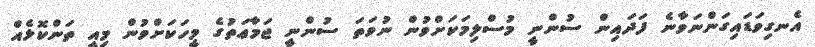
އެނގިވަޑައިގަންނަވާނެ ފަދައިން ސުންނީ މުސްލިމަކަށްވުން ނުވަތަ ސުންނީ ޖަމާޢަތުގެ މީހަކަށްވުން މިއީ ތަންކޮޅެއް